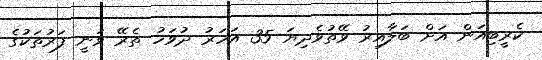
ކެރީބިއަން އަށް ބަލާއިރު ވޭތުވެދިޔަ 35 އަހަރު ދުވަހު ތެރޭ ވަނީ ފަރުތަކުގެ